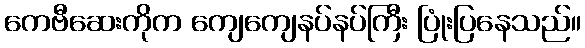
ကေဗီဆေးကိုက ကျေကျေနပ်နပ်ကြီး ပြုံးပြနေသည်။